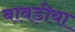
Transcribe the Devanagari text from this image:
बावड़ीया